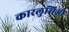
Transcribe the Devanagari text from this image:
कारलुसिओ